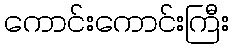
ကောင်းကောင်းကြီး